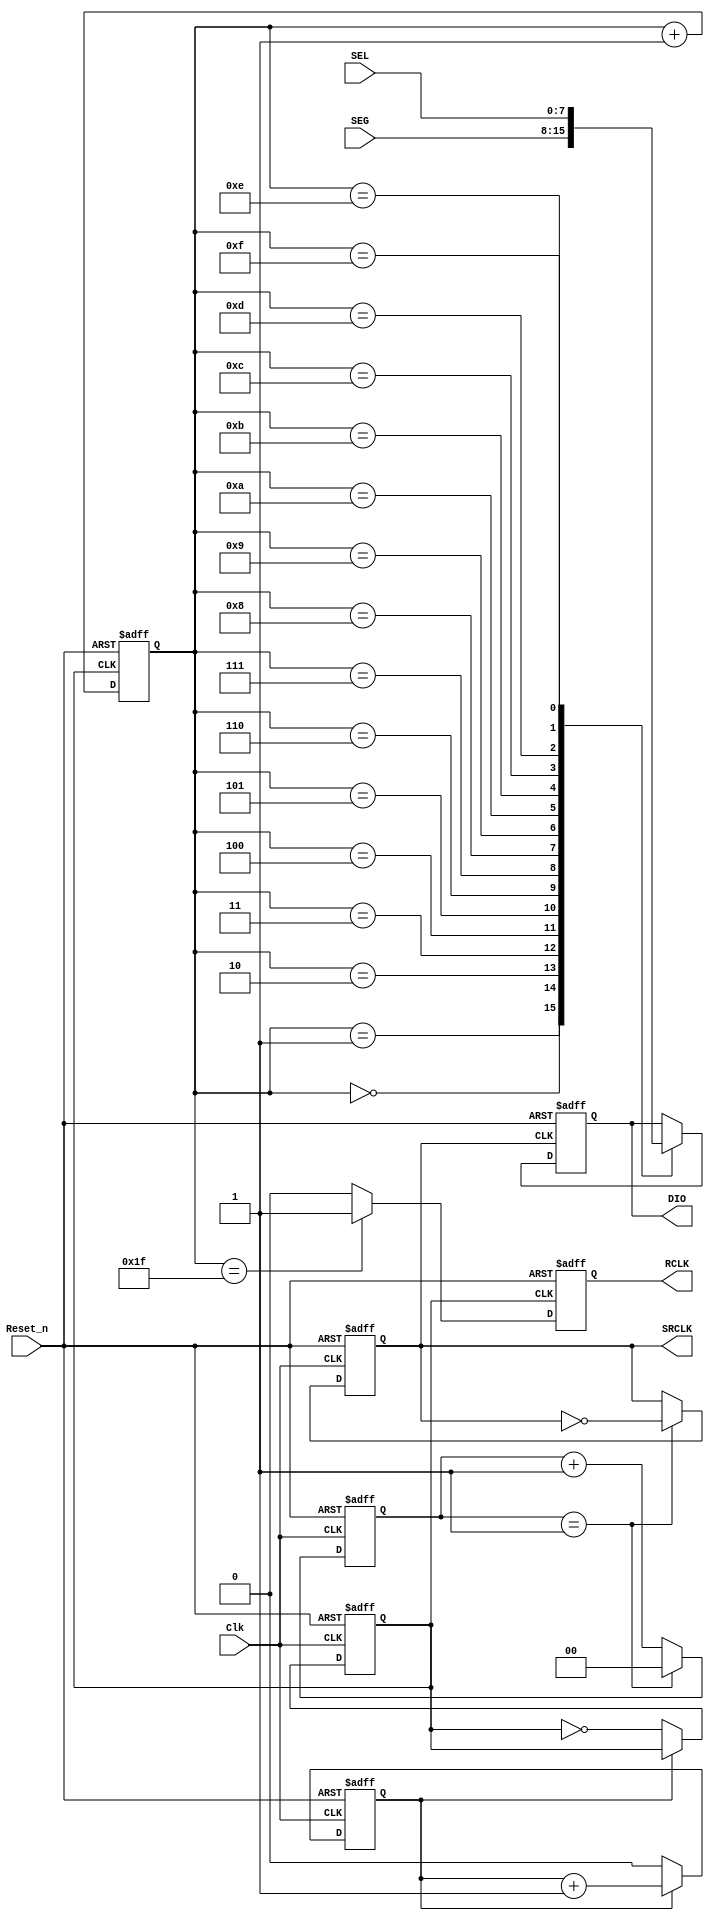


module driver_74ch595(
Clk,
Reset_n,
SEL,
SEG,
DIO,
SRCLK,
RCLK
);

input Clk;
input Reset_n;
input [7:0]SEL;
input [7:0]SEG;
output reg DIO;
output reg SRCLK;
output reg RCLK;

reg [1:0]div_cnt;
reg div_cnt_2;
reg SRCLK_2;
reg [4:0]counter_bits;
parameter CLOCK_FREQ=50_000_000;
parameter SRCLK_FREQ=12_500_000;
parameter MCNT=CLOCK_FREQ/SRCLK_FREQ/2;

//assign DIO={SEG[0], SEG[1], SEG[2], SEG[3], SEG[4], SEG[5], SEG[6], SEG[7], 
//                  SEL[0], SEL[1], SEL[2], SEL[3], SEL[4], SEL[5], SEL[6], SEL[7]};

always@(posedge Clk or negedge Reset_n)
if(!Reset_n)
div_cnt<=0;
else if(div_cnt==MCNT-1)
div_cnt<=0;
else
div_cnt<=div_cnt+1;

always@(posedge Clk or negedge Reset_n)
if(!Reset_n)
SRCLK<=0;
else if(div_cnt==MCNT-1)
SRCLK<=~SRCLK;

//another clock, more small scale, for RCLK
always@(posedge Clk or negedge Reset_n)
if(!Reset_n)
div_cnt_2<=0;
else if(div_cnt_2==MCNT/2-1)
div_cnt_2<=0;
else
div_cnt_2<=div_cnt_2+1;

always@(posedge Clk or negedge Reset_n)
if(!Reset_n)
SRCLK_2<=0;
else if(div_cnt_2==MCNT/2-1)
SRCLK_2<=~SRCLK_2;

always@(negedge SRCLK_2 or negedge Reset_n)
if(!Reset_n)
counter_bits<=0;
else
counter_bits<=counter_bits+1;

always@(negedge SRCLK_2 or negedge Reset_n)
if(!Reset_n)
RCLK<=0;
else if(counter_bits==31)
RCLK<=1;
else 
RCLK<=0;

always@(negedge SRCLK or negedge Reset_n)
if(!Reset_n)
DIO<=0;
else begin
case(counter_bits)
0:DIO<=SEG[7];
1:DIO<=SEG[6];
2:DIO<=SEG[5];
3:DIO<=SEG[4];
4:DIO<=SEG[3];
5:DIO<=SEG[2];
6:DIO<=SEG[1];
7:DIO<=SEG[0];

8:DIO<=SEL[7];
9:DIO<=SEL[6];
10:DIO<=SEL[5];
11:DIO<=SEL[4];
12:DIO<=SEL[3];
13:DIO<=SEL[2];
14:DIO<=SEL[1];
15:DIO<=SEL[0];
endcase
end
endmodule